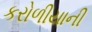
કરોળીયાની